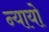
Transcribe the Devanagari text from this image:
न्यायो